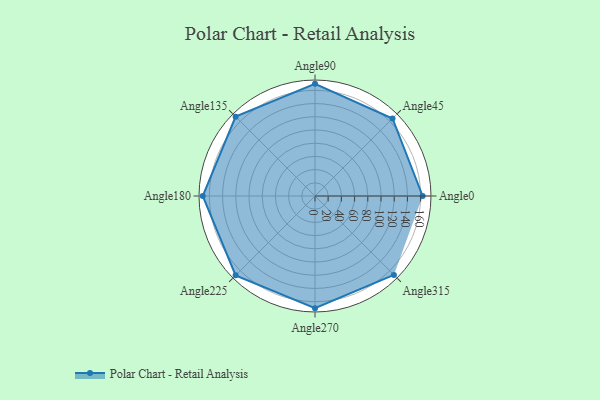
{"axis": {"x": "Angle", "y": "Radius"}, "legend": [""], "data": [{"x": "Angle0", "y": 163.0, "type": ""}, {"x": "Angle45", "y": 166.0, "type": ""}, {"x": "Angle90", "y": 170, "type": ""}, {"x": "Angle135", "y": 170, "type": ""}, {"x": "Angle180", "y": 170.0, "type": ""}, {"x": "Angle225", "y": 170, "type": ""}, {"x": "Angle270", "y": 170, "type": ""}, {"x": "Angle315", "y": 169.0, "type": ""}]}